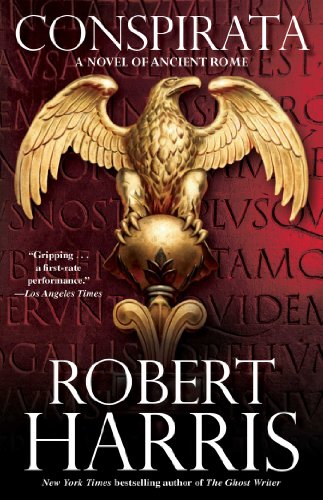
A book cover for Conspirata: A Novel of Ancient Rome; Robert Harris; Mystery, Thriller & Suspense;